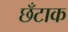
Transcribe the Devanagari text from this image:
छँटाक